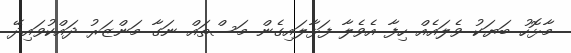
މާޅޮހު ބަޔަކު ވެލައެއް ހިފާ އެވެލާ ފަޅާލައިގެން މަސްތައް ނަގާ މަންޒަރު ދައްކުވައިދޭ